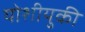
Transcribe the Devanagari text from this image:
योशीयुकी